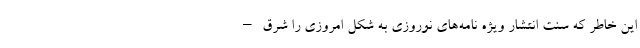
این خاطر که سنت انتشار ویژه نامه‌های نوروزی به شکل امروزی را شرق –